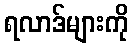
ရလာဒ်များကို